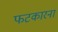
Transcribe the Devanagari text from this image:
फटकारना